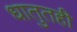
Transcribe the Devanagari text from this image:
धातुतही